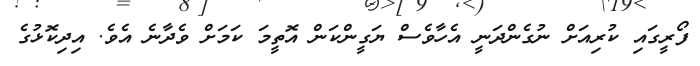
ފޯރީގައި ކުރިއަށް ނުގެންދަނީ އެހާވެސް ޔަގީންކަން އޮތީމަ ކަމަށް ވެދާނެ އެވެ. އިދިކޮޅުގެ